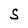
Character: S